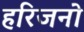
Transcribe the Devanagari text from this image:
हरिजनो